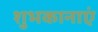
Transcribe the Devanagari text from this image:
शुभकानाएं